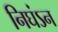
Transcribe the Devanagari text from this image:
निघंऽन